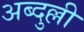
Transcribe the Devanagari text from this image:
अब्दुल्ली